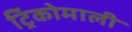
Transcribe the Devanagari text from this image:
ट्रिंकोमाली